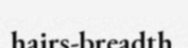
hairs-breadth